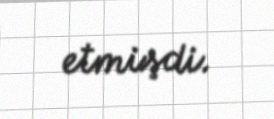
etmişdi.